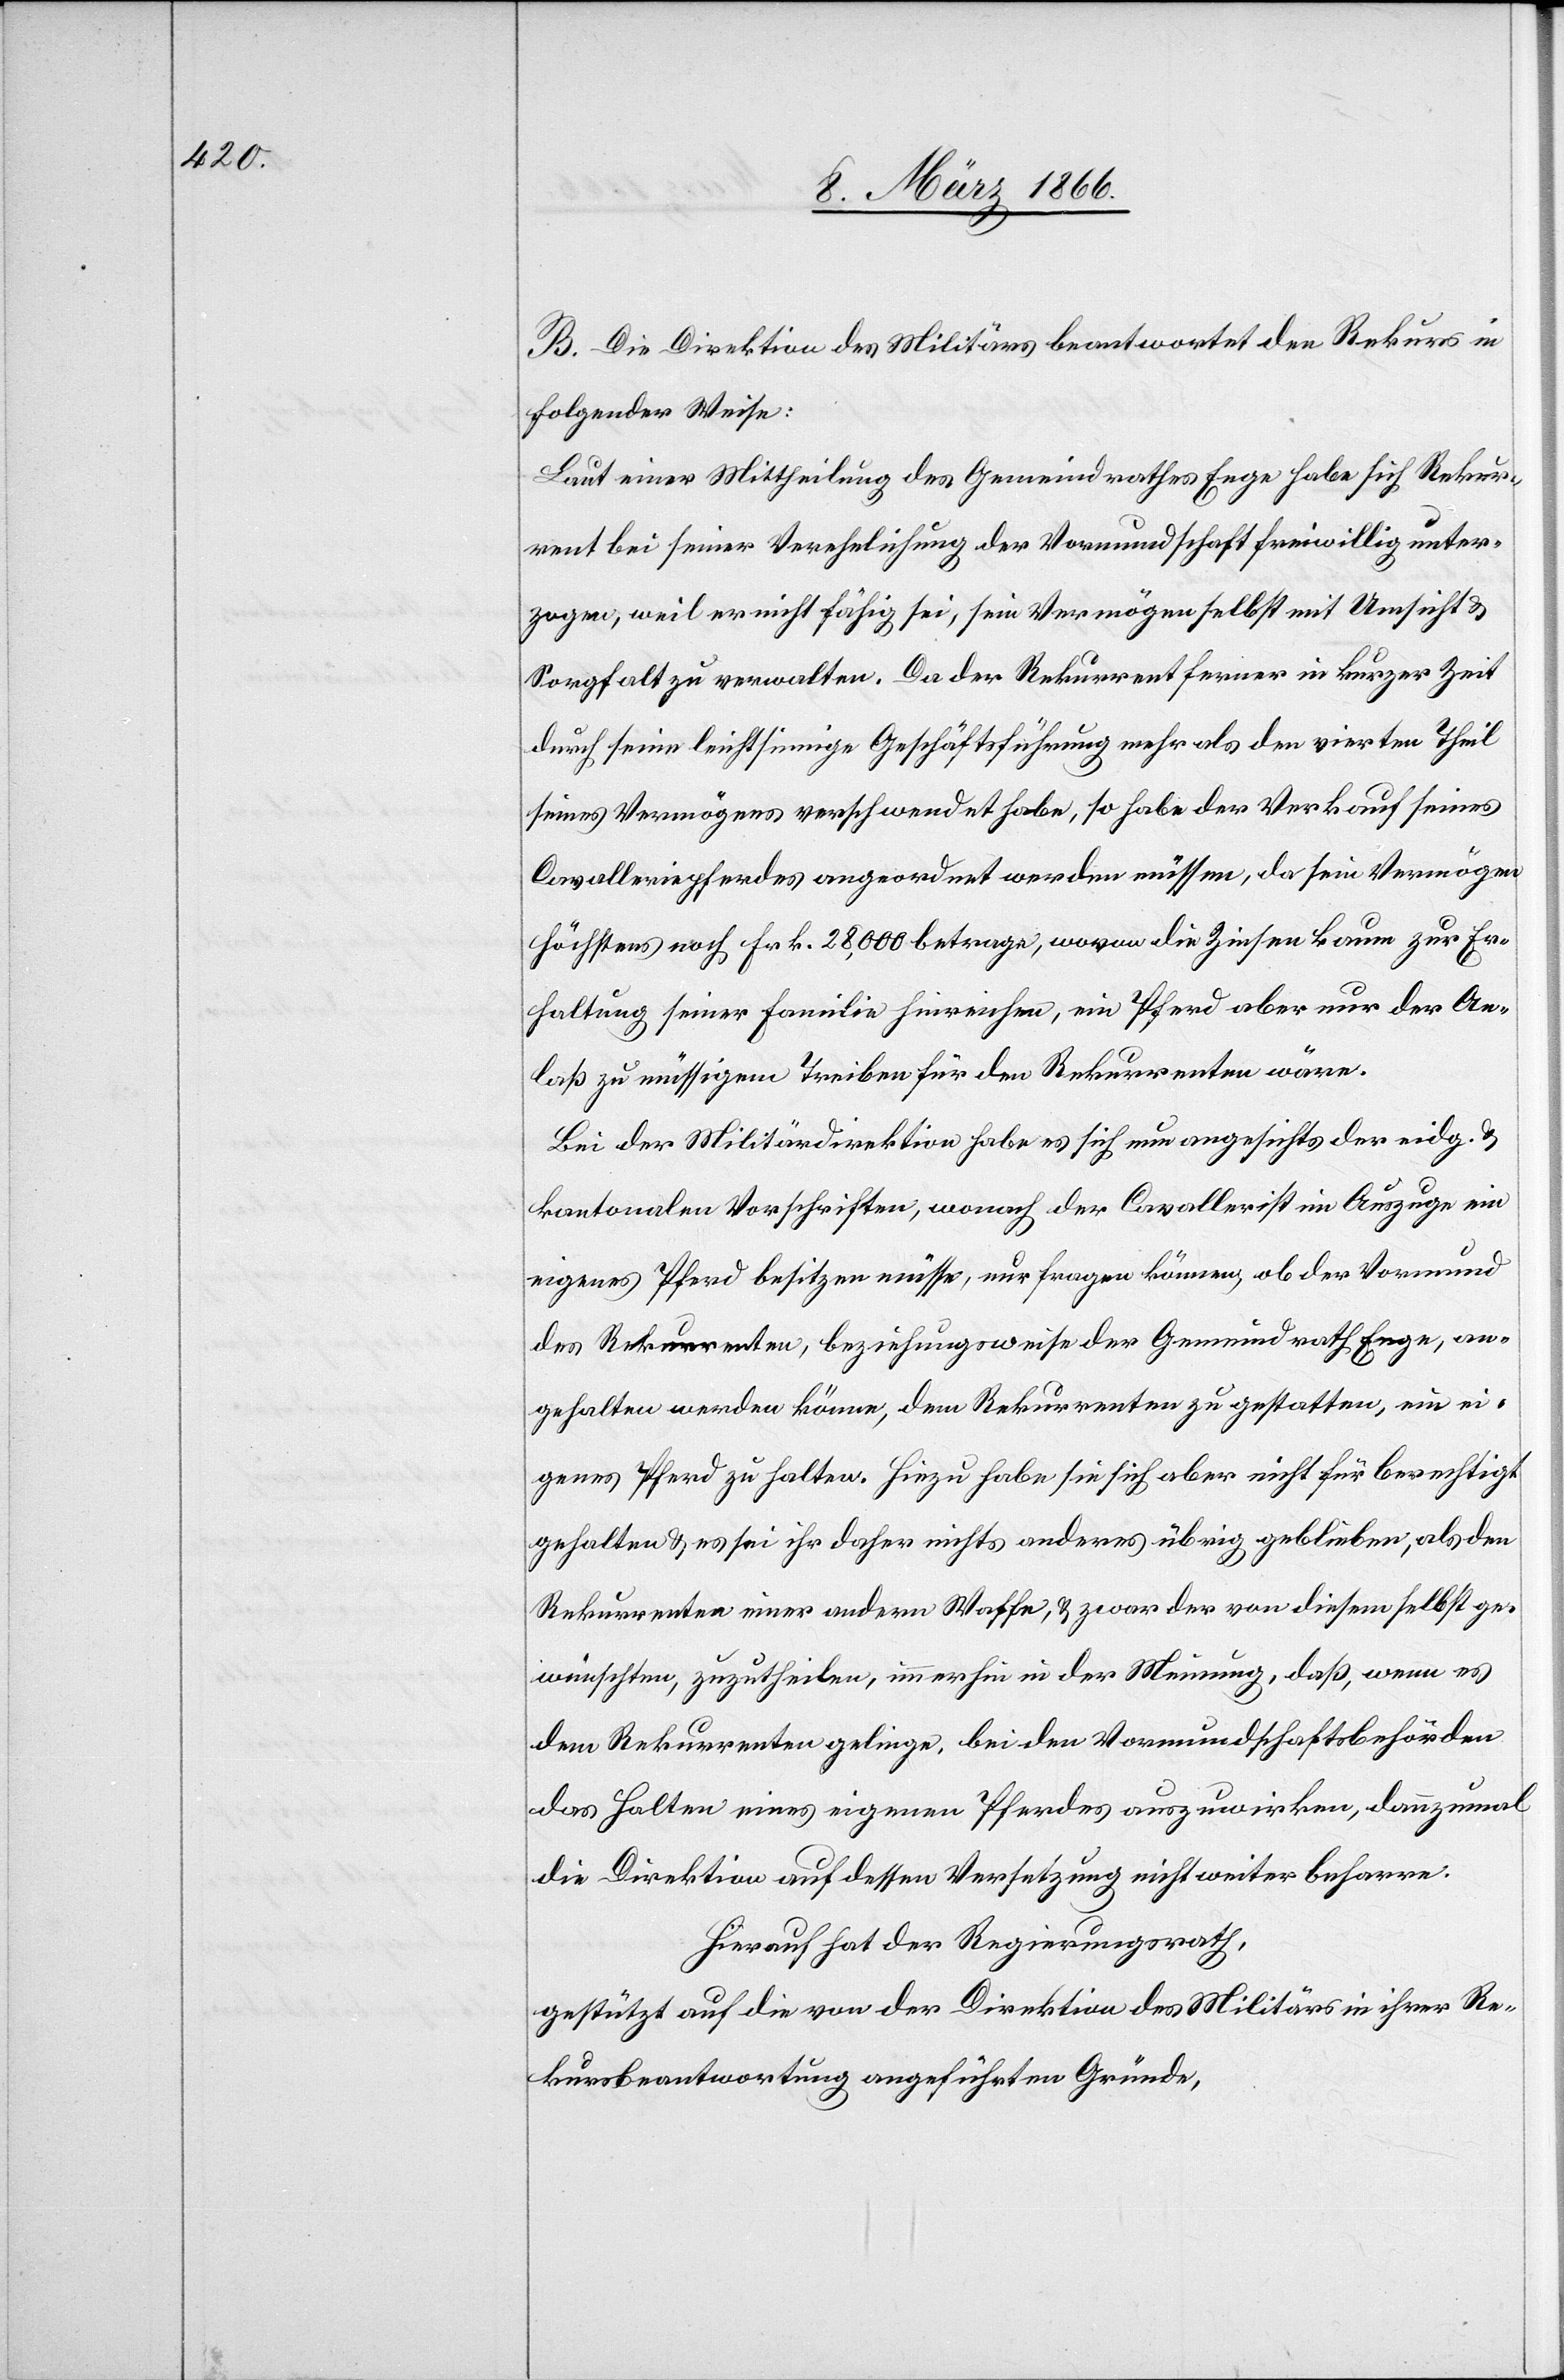
B. Die Direktion des Militärs beantwortet den Rekurs in
folgender Weise:
Laut einer Mittheilung des Gemeindrathes Enge habe sich Rekur¬
rent bei seiner Verehlichung der Vormundschaft freiwillig unter¬
zogen, weil er nicht fähig sei, sein Vermögen selbst mit Umsicht u.
Sorgfalt zu verwalten. Da der Rekurrent ferner in kurzer Zeit
durch seine leichtsinnige Geschäftsführung mehr als den vierten Theil
seines Vermögens verschwendet habe, so habe der Verkauf seines
Cavalleriepferdes angeordnet werden müssen, da sein Vermögen
höchstens noch Frk. 28 000 betragen, wovon die Zinsen kaum zur Er¬
haltung seiner Familie hinreichen, ein Pferd aber nur der An¬
laß zu müssigem Treiben für den Rekurrenten wäre.
Bei der Militärdirektion habe es sich nun angesichts der eidg. u.
kantonalen Vorschriften, wonach der Cavallerist im Auszuge ein
eigenes Pferd besitzen müsse, nur fragen können, ob der Vormund
des Rekurrenten, beziehungsweise der Gemeindrath Enge, an¬
gehalten werden könne, dem Rekurrenten zu gestatten, ein ei¬
genes Pferd zu halten. Hiezu habe sie sich aber nicht für berechtigt
gehalten u. es sei ihr daher nichts anderes übrig geblieben, als den
Rekurrenten einer andern Waffe, u. zwar der von diesem selbst ge¬
wünschten, zuzutheilen, immerhin in der Meinung, daß, wenn es
dem Rekurrenten gelinge, bei den Vormundschaftsbehörden
das Halten eines eigenen Pferdes auszuwirken, dannzumal
die Direktion auf dessen Versetzung nicht weiter beharre.
Hierauf hat der Regierungsrath,
gestützt auf die von der Direktion des Militärs in ihrer Re¬
kursbeantwortung angeführten Gründe,